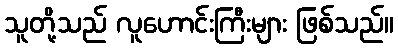
သူတို့သည် လူဟောင်းကြီးများ ဖြစ်သည်။